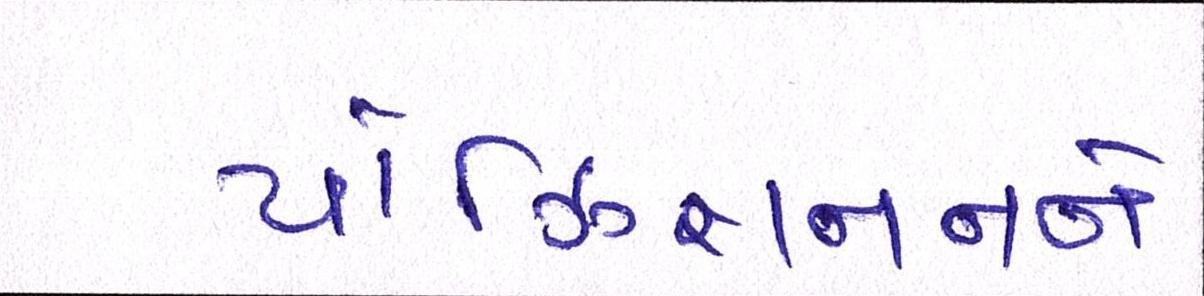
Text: પોઝિશનનને